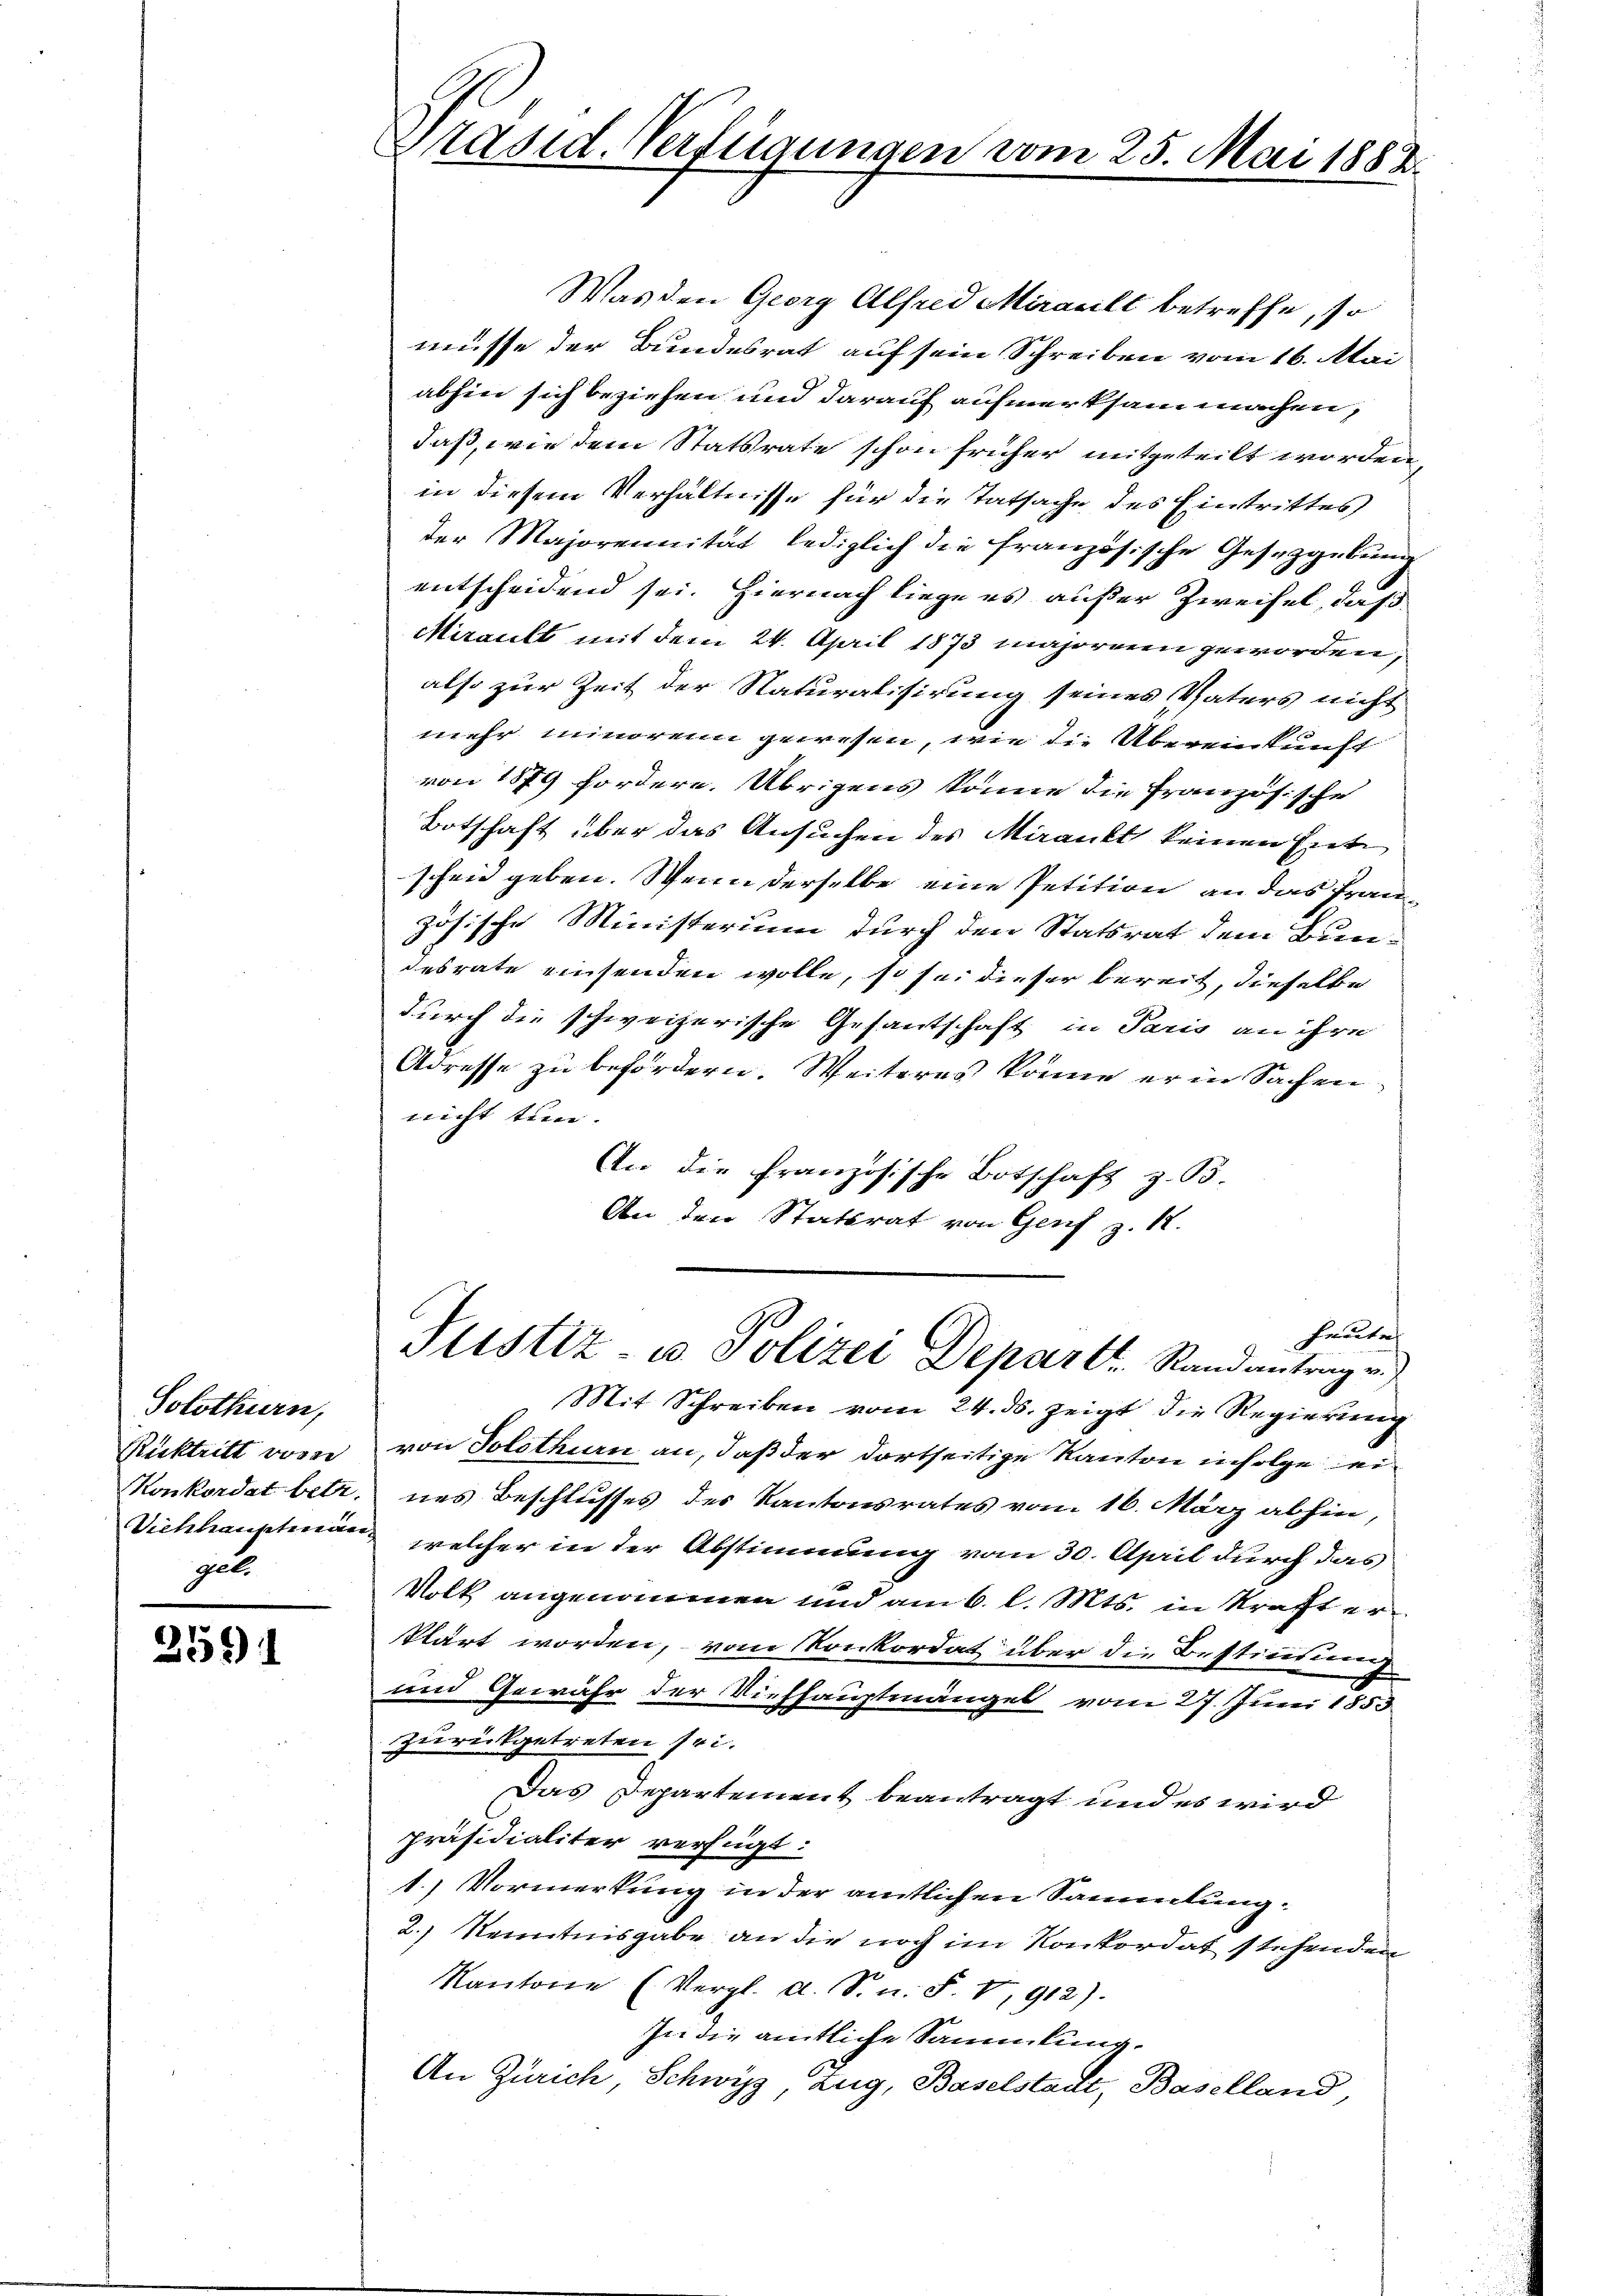
Solothurn,
Rücktritt vom
gebe

259

Präsid. Verfügungen vom 25. Mai 1882.

Was den Georg Alfred Miralt betreffe, so
müsse der Bundesrat auf sein Schreiben vom 16. Mai
abhin sich beziehen und darauf aufmerksam machen,
daß, wie dem Statsrate schon früher mitgeteilt worden,
in diesem Verhältnisse für die Tatsache des Eintrittes
der Majorennität lediglich die französische Gesetzgebung
entscheidend sei. Hiernach liege es außer Zweifel, daß
Mirault mit dem 24. April 1873 majoreien geworden,
also zur Zeit der Naturalisirung seines Vaters nicht
mehr minoren gewesen, wie die Übereinkunft
von 1879 fordere. Übrigens könne die Französische
Botschaft über das Ansuchen des Miaukt keinen Einte
scheid geben. Wenn derselbe eine Petition an das Frauzösische Ministerium durch den Statsrat dem Bundesrate einsenden wolle, so sei dieser bereit, dieselbe
durch die schweizerische Gesantschaft in Paris an ihre
Adresse zu befördern. Weiteres könne er in Sachen
nicht tun.
An die französische Botschaft z. B.
An den Statsrat von Genf z. 18.
Heute
Justiz- u Polizei Depart Randantrag v.
Mit Schreiben vom 24. ds. zeigt die Regierung
von Solothurn an, daß der dortseitige Kanton infolge ei¬
Konkordat betr. nes Beschlusses des Kantonsrates vom 16. März abhin,
Viehhauptmann welcher in der Abstimmung vom 30. April durch das
Volk angenommen und am 6. l. Mts. in Straft erklärt worden, vom Konkordat über die Bestimmung
und Gewähr der Viehhauptmängel vom 27. Juni 1853
zurückgetreten sei.
Das Departement beantragt und es wird
präsidialiter verfügt:
1.) Vormerkung in der amtlichen Sammlung.
2.) Kenntnisgabe an die noch im Konkordat stehenden
Kantone (Vergl. A. S. n. F. V, 912).
In die amtliche Sammlung.
An Zürich, Schwyz, Zug, Baselstadt, Baselland,